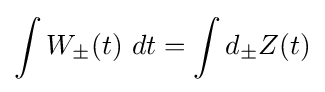
\int W_{\pm }(t)\ dt=\int d_{\pm }Z(t)